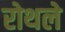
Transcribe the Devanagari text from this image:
रोथले